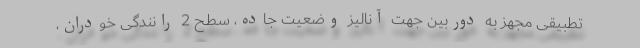
تطبیقی مجهز به دوربین جهت آنالیز وضعیت جاده، سطح 2 رانندگی خودران،